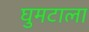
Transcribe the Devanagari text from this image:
घुमटाला